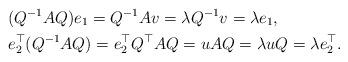
LaTeX: \begin{align*}&(Q^{-1}AQ)e_1 = Q^{-1}Av = \lambda Q^{-1}v = \lambda e_1,\\&e_2^\top (Q^{-1}AQ) = e_2^\top Q^\top AQ = uAQ = \lambda uQ = \lambda e_2^\top. \end{align*}